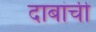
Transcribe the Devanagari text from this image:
दाबांची